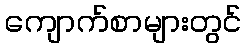
ကျောက်စာများတွင်